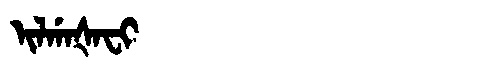
Manchu: ᡳᠯᡤᠠᡧᠠᠸᡳ
Romanization: ILGAŠAFI